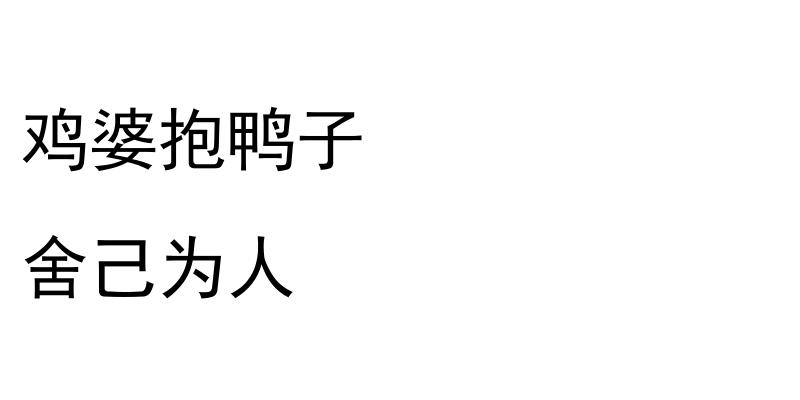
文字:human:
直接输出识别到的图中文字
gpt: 鸡婆抱鸭子 舍己为人